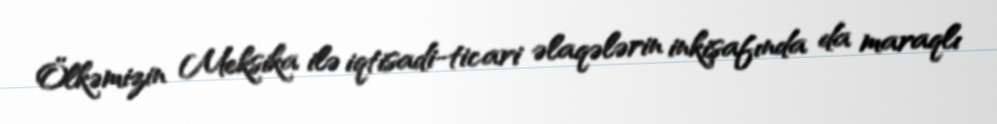
Ölkəmizin Meksika ilə iqtisadi-ticari əlaqələrin inkişafında da maraqlı